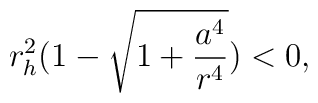
r_{h}^2(1- \sqrt{1+ \frac{a^4}{r^4}}) <0,